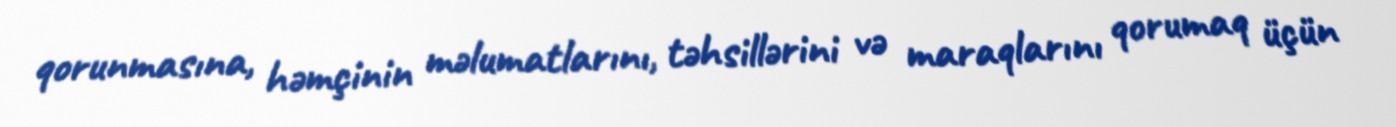
qorunmasına, həmçinin məlumatlarını, təhsillərini və maraqlarını qorumaq üçün